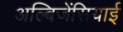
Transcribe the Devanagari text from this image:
अल्बिजेंसियाई